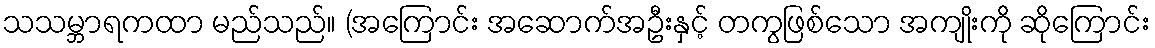
သသမ္ဘာရကထာ မည်သည်။ (အကြောင်း အဆောက်အဦးနှင့် တကွဖြစ်သော အကျိုးကို ဆိုကြောင်း